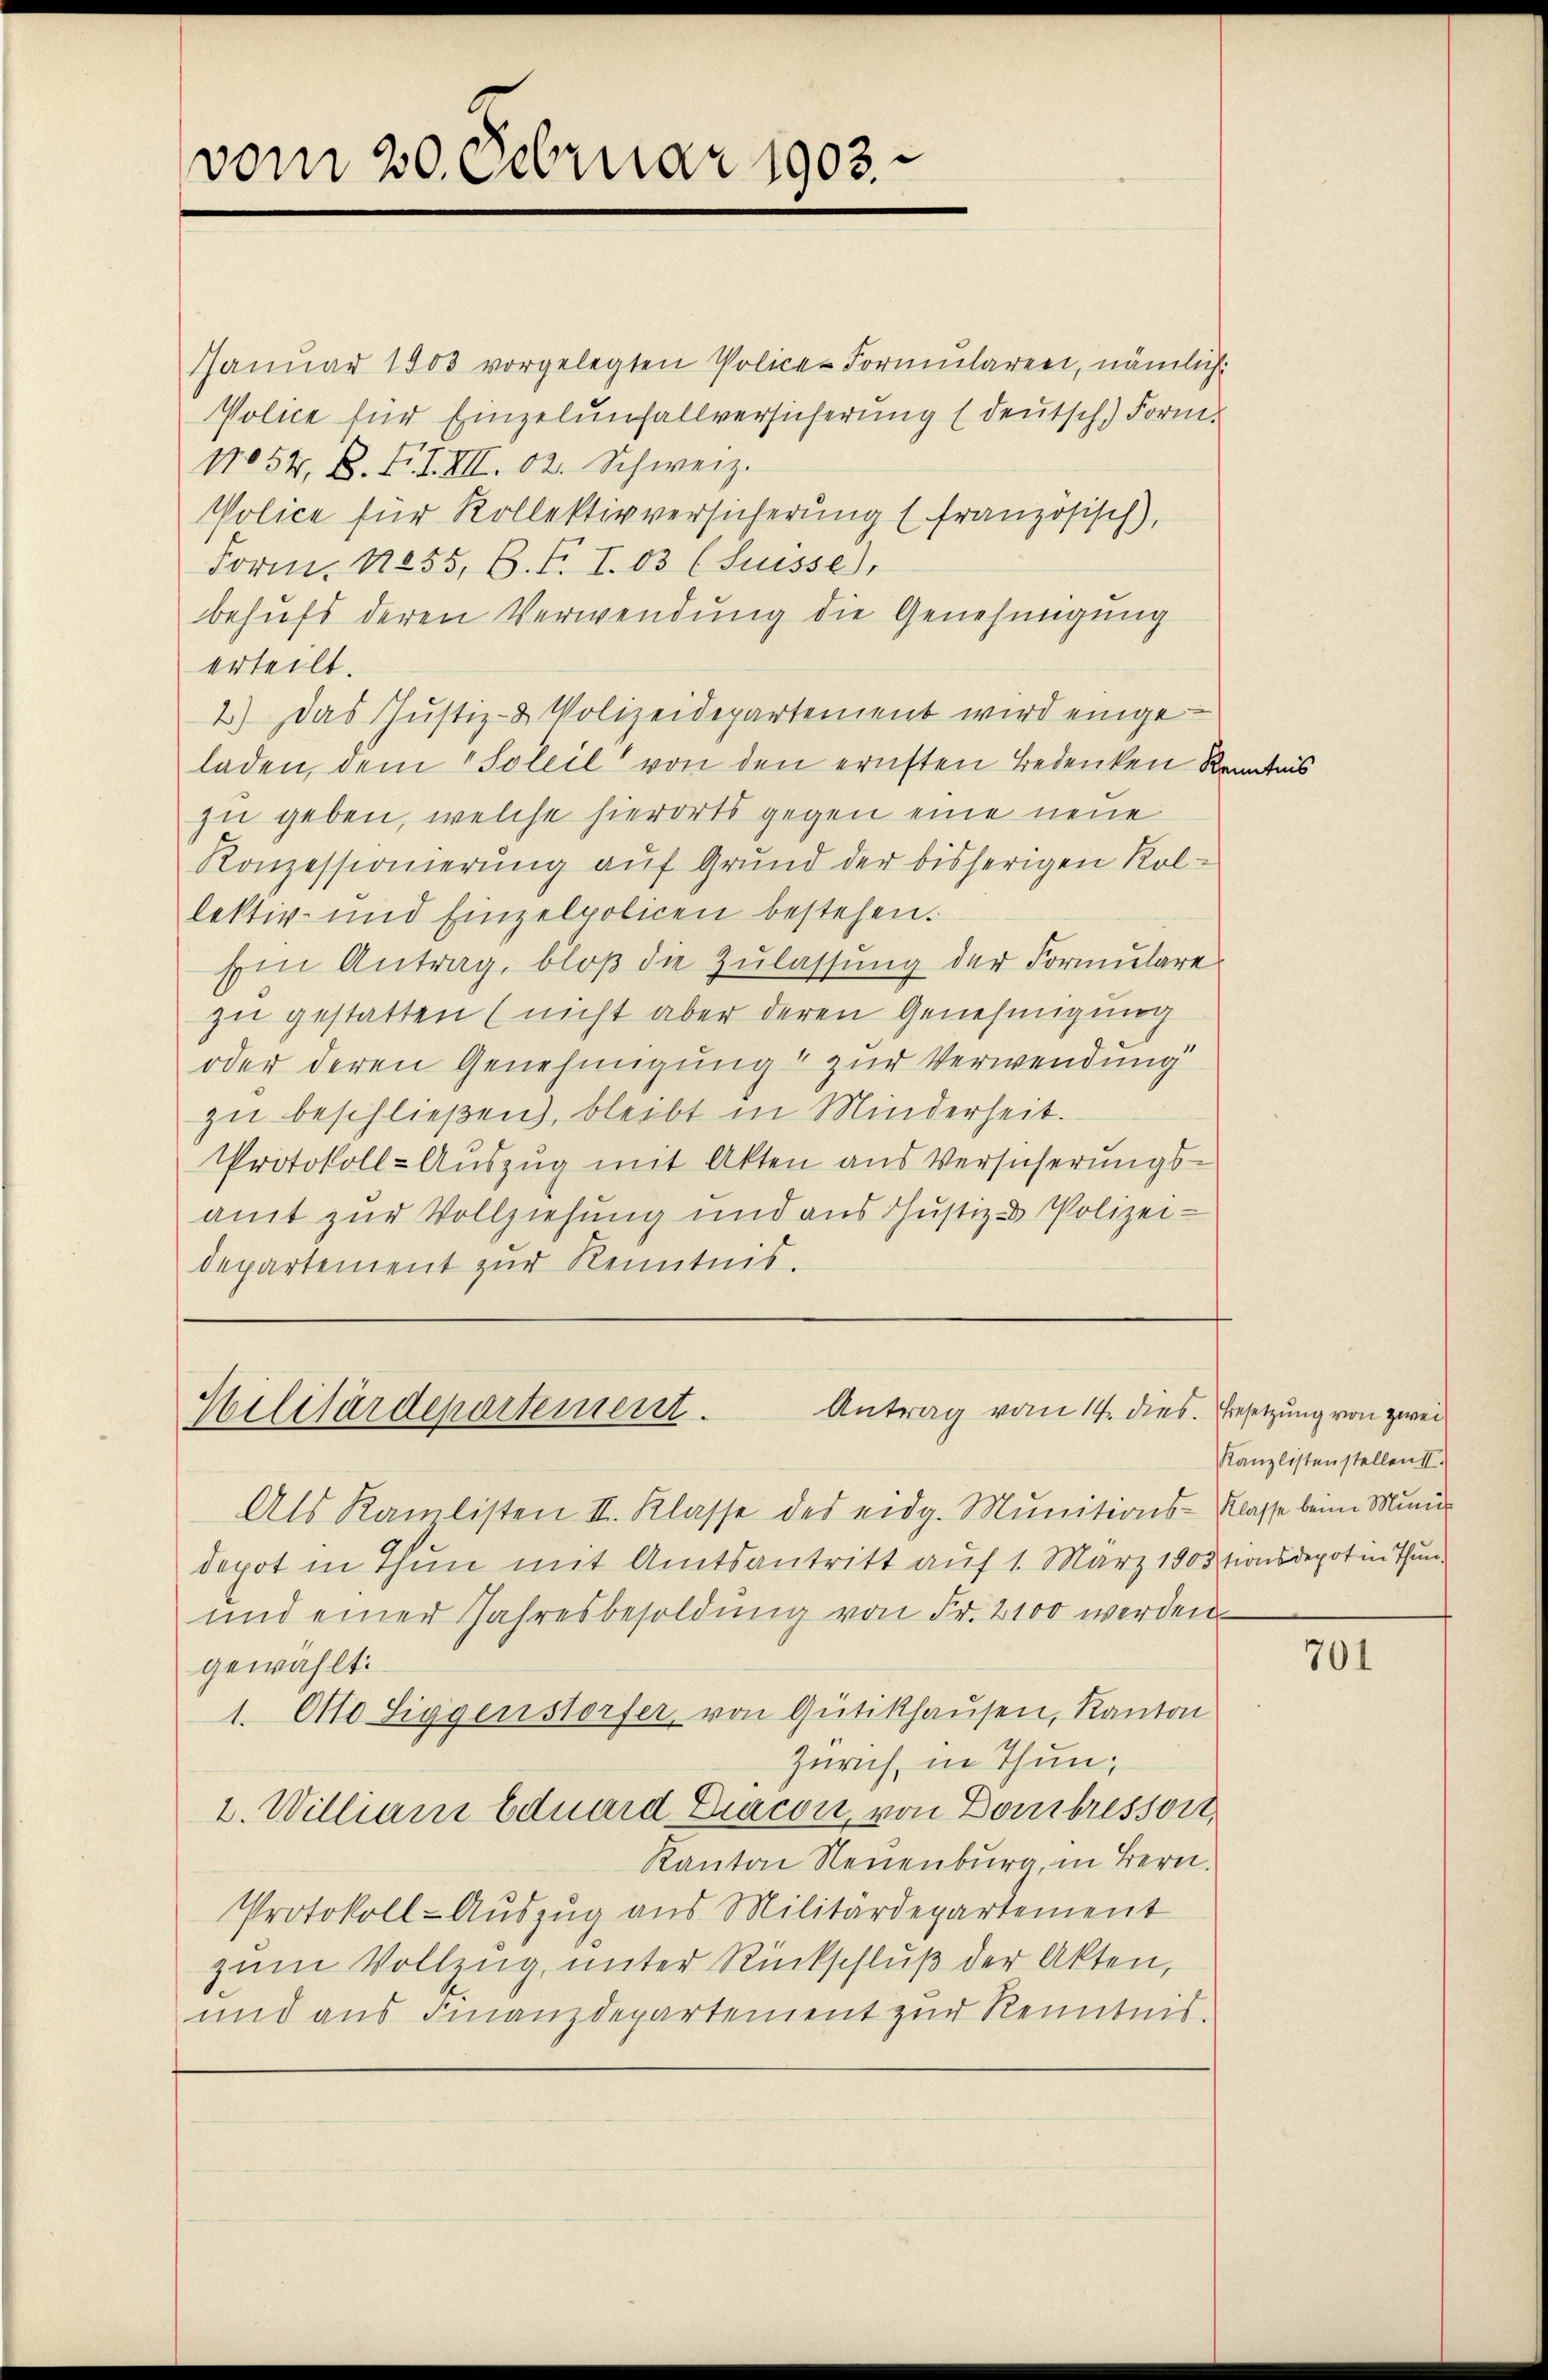
vom 20. Februar 1903.

Januar 1803 vorgelegten Police-Formularen, nämlich
Police für Einzelŭnfallversicherŭng (deŭtsch) Form
No 54, B. F. I. III. 02. Schweiz.
Police für Kollektivversicherŭng (französisch),
Form. 1855, B. F. I. 83 (Suisse),
behufs deren Verwendung die Genehmigung
erteilt.
2.) Das Justiz- & Polizeidepartement wird eingeladen, dem Soleil von den ernsten Bedenken Kenntnis
zu geben, welche hierorts gegen eine neue
Konzessionierung auf Grund der bisherigen Kollektiv- und Einzelpolicen bestehen.
Ein Antrag, bloß die Zulassung der Formulare
zu gestatten (nicht aber deren Genehmigung
oder deren Genehmigung zur Verwendung
zu beschließen, bleibt in Minderheit.
Protokoll-Auszug mit Akten aus Versicherungsamt zur Vollziehung und aus Justiz- & Polizei-
departement zur Kenntnis.

Antrag vom 14. dies
Militärdepartement.

Als Kamlisten II. Klasse des eidg. Munitions-Klasse beim Muni-
depot in Thun mit Amtsantritt auf 1. März 1903 tionsdepot in Thun¬
und einer Jahresbesoldung von Fr. 2100 werden
gewählt:
1. Otto Siggenstorfer von Gütikhausen, Kanton
Zürich, in Thun,
2. Willian Eduard Diacon, von Dombressort,
Kanton Neuenburg, in Bern.
Protokoll-Auszug aus Militärdepartement
zum Vollzug, unter Rückschluß der Akten,
und aus Finanzdepartement zur Renntnis.

Besetzung von zwei
Kanzlistenstellen II.

701